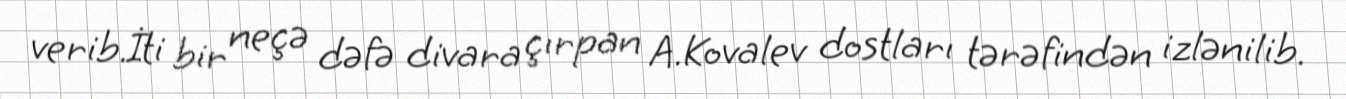
verib.İti bir neçə dəfə divara çırpan A.Kovalev dostları tərəfindən izlənilib.